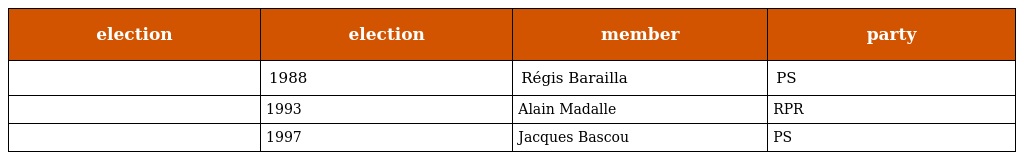
| election | election | member | party |
 | --- | --- | --- | --- |
 |  | 1988 | Régis Barailla | PS |
 |  | 1993 | Alain Madalle | RPR |
 |  | 1997 | Jacques Bascou | PS |